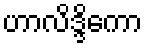
ဟာလိဒ္ဒိကော